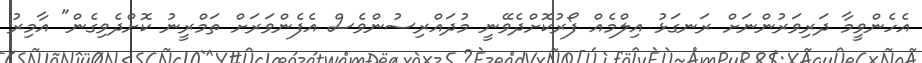
އެހެންވީމާ ދަރިވަރުންނަށް ރަނގަޅު އިލްމެއް ފޯރުކޮށްދެވޭނީ މުދައްރިސުންވެސް އެފެންވަރަށް ތަމްރީނު ކޮށްދެވިގެން" އާމިރު